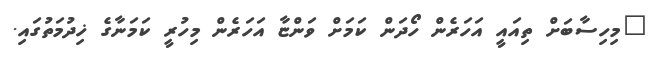
"މިހިސާބަށް ތިއައީ އަހަރެން ހޯދަން ކަމަށް ވަންޏާ އަހަރެން މިހުރީ ކަމަނާގެ ޚިދުމަތުގައި.